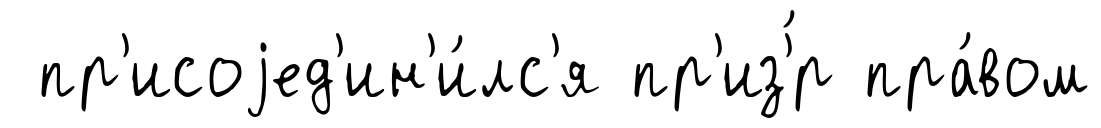
пр'исоjед'ин'и́лс'я пр'из'́р пра́вом